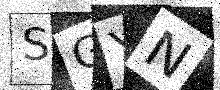
Text: SGYN